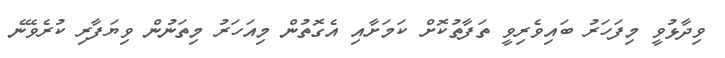
ވިދާޅުވީ މިފަހަރު ބައިވެރިވީ ތަފާތުކޮށް ކަމަށާއި އެގޮތުން މިއަހަރު މިތަނުން ވިޔަފާރި ކުރެވޭނެ